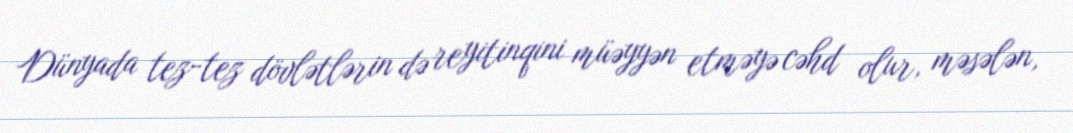
Dünyada tez-tez dövlətlərin də reyitinqini müəyyən etməyə cəhd olur, məsələn,